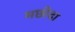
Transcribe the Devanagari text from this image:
मछीदा